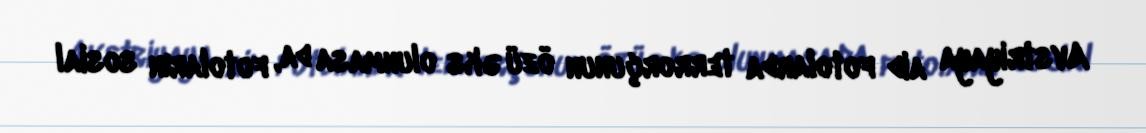
Avstriyaya aid fotolarda terrorçunun özü əks olunmasa da, fotoların sosial